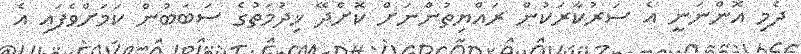
ދެމި އޮންނަނީ އެ ސަރުކާރަކުން ރައްޔިތުންނަށް ކޮށްދޭ ޚިދުމަތުގެ ސަބަބުން ކަމަށްވެފައި އެ